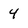
Character: 4